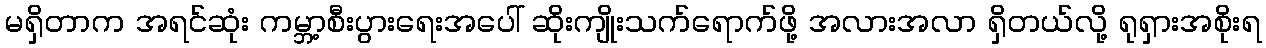
မရှိတာက အရင်ဆုံး ကမ္ဘာ့စီးပွားရေးအပေါ် ဆိုးကျိုးသက်ရောက်ဖို့ အလားအလာ ရှိတယ်လို့ ရုရှားအစိုးရ